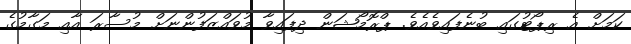
ކަމަށް އެ ރިޕޯޓުގައި ބުނެފައިވެއެވެ. ޕްރޮމޯޝަން ދިފައިވާ މުވައްޒަފުންނަށް މުސާރަ އާއި މަގާމުގެ